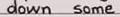
down some